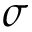
\sigma